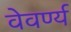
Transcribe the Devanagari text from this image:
वेवर्ण्य